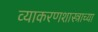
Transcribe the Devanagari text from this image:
व्याकरणशास्त्राच्या